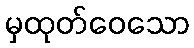
မှထုတ်ဝေသော